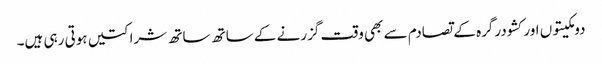
دومکیتوں اور کشودرگرہ کے تصادم سے بھی وقت گزرنے کے ساتھ ساتھ شراکتیں ہوتی رہی ہیں۔